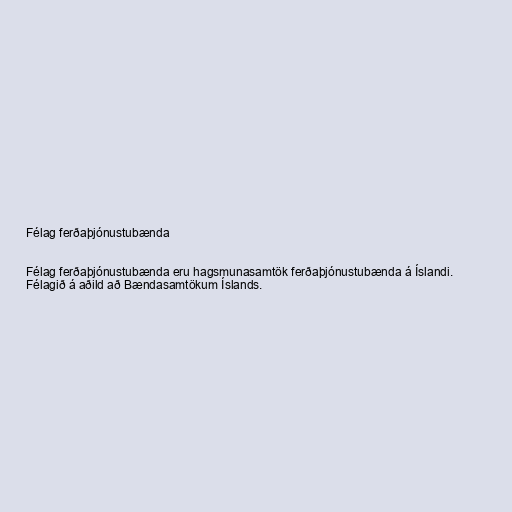
Félag ferðaþjónustubænda

Félag ferðaþjónustubænda eru hagsmunasamtök ferðaþjónustubænda á Íslandi.
Félagið á aðild að Bændasamtökum Íslands.